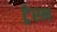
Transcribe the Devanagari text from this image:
ट्रेरन